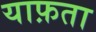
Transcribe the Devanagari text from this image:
याफ़ता